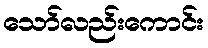
သော်လည်းကောင်း